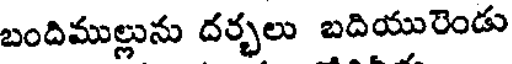
బందిముల్లును దర్భలు బదియురెండు